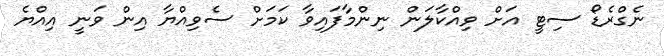
ނެގްރެޑޯ ސިޓީ އަށް ވިއްކާލަން ނިންމާފައިވާ ކަމަށް ސެވިއްޔާ އިން ވަނީ އިއްޔެ